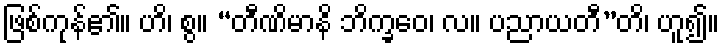
ဖြစ်ကုန်၏။ ဟိ၊ စွ။ “တီဏိမာနိ ဘိက္ခဝေ၊ လ။ ပညာယတီ”တိ၊ ဟူ၍။